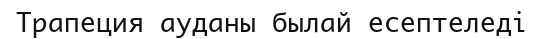
Трапеция ауданы былай есептеледі